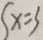
x = 3